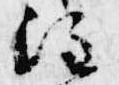
注